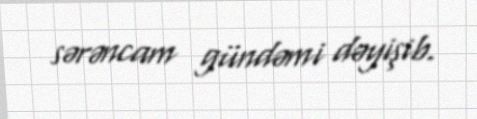
sərəncam gündəmi dəyişib.